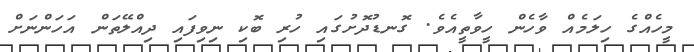
މީހެއްގެ ހިލަމެއް ވާހެން ހީވާތީއެވެ. ގޮނޑުދޮށުގައި ހުރި ބޮކި ނިވިފައި ދިއްލޭތަން އަހަންނަށް